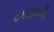
ટકરાવાની